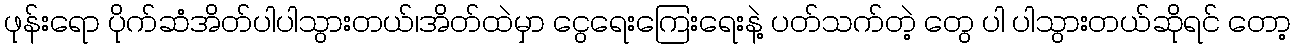
ဖုန်းရော ပိုက်ဆံအိတ်ပါပါသွားတယ်၊အိတ်ထဲမှာ ငွေရေးကြေးရေးနဲ့ ပတ်သက်တဲ့ တွေ ပါ ပါသွားတယ်ဆိုရင် တော့